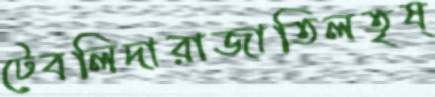
টেবলিদারাজাতিলতৃষ্